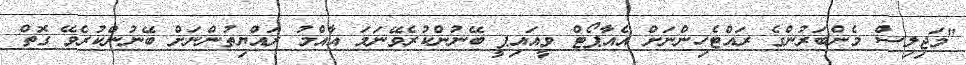
"މަޖިލިސް މެންބަރުންގެ ރައްޓެހިންނަށް އެއާޕޯޓް ވީއައިޕީ ބޭނުންކުރެވޭނަމަ އާއްމު ރައްޔިތުންނަށް ބޭނުންކުރެވޭ ގޮތް